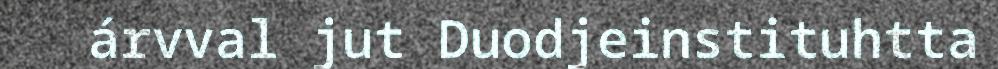
árvval jut Duodjeinstituhtta